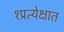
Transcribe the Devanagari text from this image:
१प्रत्येक्षात